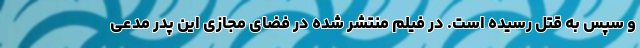
و سپس به قتل رسیده است. در فیلم منتشر شده در فضای مجازی این پدر مدعی